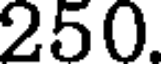
250.